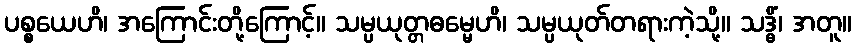
ပစ္စယေဟိ၊ အကြောင်းတို့ကြောင့်။ သမ္ပယုတ္တဓမ္မေဟိ၊ သမ္ပယုတ်တရားကဲ့သို့။ သဒ္ဓိံ၊ အတူ။